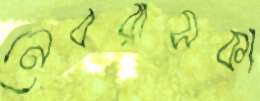
নেবরাসকা